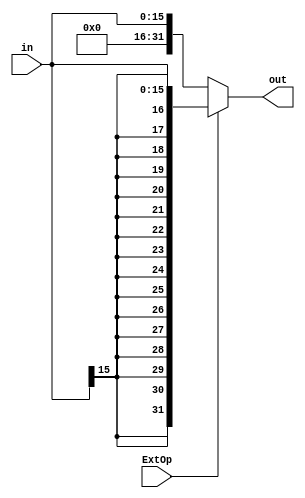

module extend(
    input ExtOp,
    input [15:0] in,
    output [31:0] out
);
    assign out=ExtOp?{{16{in[15]}},in[15:0]}:{{16{1'b0}},in[15:0]};//Decide which kind of extend used
endmodule